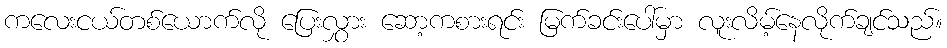
ကလေးငယ်တစ်ယောက်လို ပြေးလွှား ဆော့ကစားရင်း မြက်ခင်းပေါ်မှာ လူးလိမ့်နေလိုက်ချင်သည်။